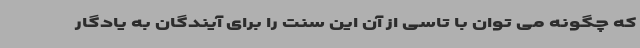
که چگونه می توان با تاسی از آن این سنت را برای آیندگان به یادگار